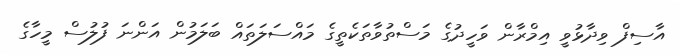
އާސިފް ވިދާޅުވީ އިމްރާން ވަހީދުގެ މަސްތުވާތަކެތީގެ މައްސަލަތައް ބަލަމުން އަންނަ ފުލުސް މީހާގެ